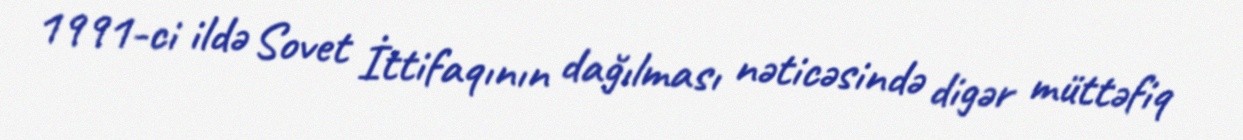
1991-ci ildə Sovet İttifaqının dağılması nəticəsində digər müttəfiq